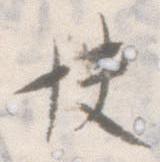
快